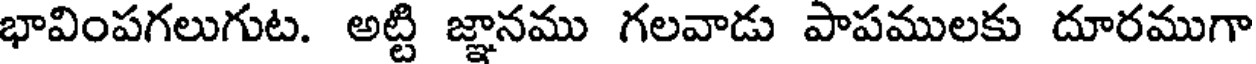
భావింపగలుగుట. అట్టి జ్ఞానము గలవాడు పాపములకు దూరముగా